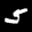
Label: 5